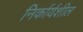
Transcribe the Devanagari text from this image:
निर्कार्यशील